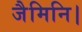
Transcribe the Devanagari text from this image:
जैमिनि।